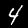
Label: 4